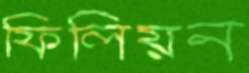
ফিলিয়ন